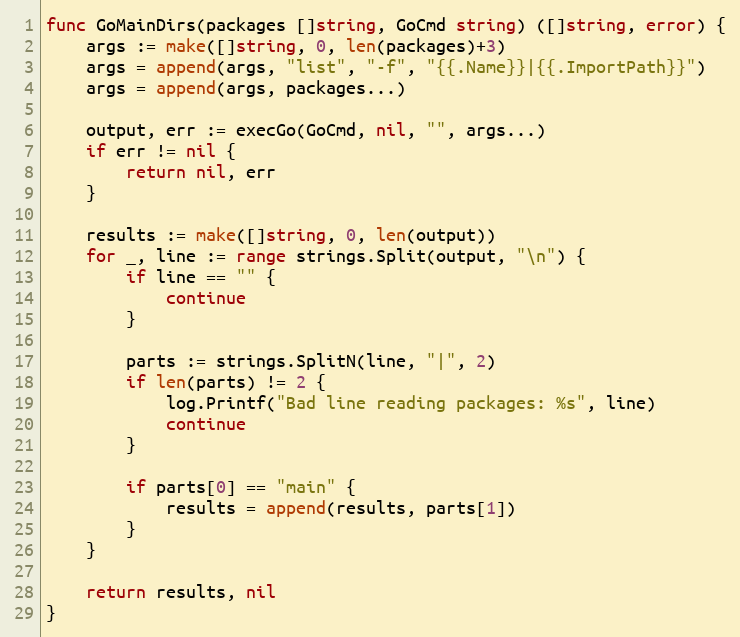
Language: Go
func GoMainDirs(packages []string, GoCmd string) ([]string, error) {
	args := make([]string, 0, len(packages)+3)
	args = append(args, "list", "-f", "{{.Name}}|{{.ImportPath}}")
	args = append(args, packages...)

	output, err := execGo(GoCmd, nil, "", args...)
	if err != nil {
		return nil, err
	}

	results := make([]string, 0, len(output))
	for _, line := range strings.Split(output, "\n") {
		if line == "" {
			continue
		}

		parts := strings.SplitN(line, "|", 2)
		if len(parts) != 2 {
			log.Printf("Bad line reading packages: %s", line)
			continue
		}

		if parts[0] == "main" {
			results = append(results, parts[1])
		}
	}

	return results, nil
}